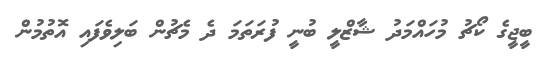
ބީޖީގެ ކޯޗު މުހައްމަދު ޝާޒްލީ ބުނީ ފުރަތަމަ ދެ މެޗުން ބަލިވެފައި އޮތުމުން